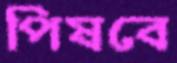
পিষবে